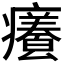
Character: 𭼸